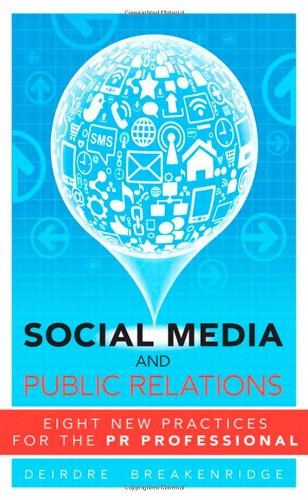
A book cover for Social Media and Public Relations: Eight New Practices for the PR Professional; Deirdre K. Breakenridge; Computers & Technology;